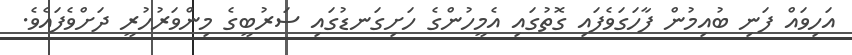
އަހިވައް ފަނި ބުއިމުން ފާހަގަވެފައި ގޮތުގައި އެމީހުންގެ ހަށިގަނޑުގައި ސަރުބީގެ މިންވަރުހުރީ ދަށްވެފައެވެ.